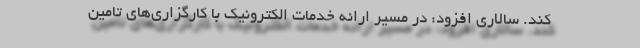
کند. سالاری افزود: در مسیر ارائه خدمات الکترونیک با کارگزاری‌های تامین